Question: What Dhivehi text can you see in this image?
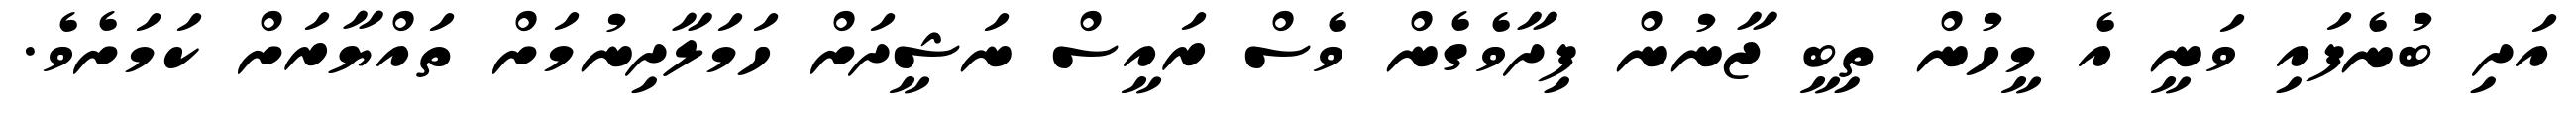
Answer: އަދި ބުނެފައި ވަނީ އެ މީހުން ތިބީ ޖާނުން ފިދާވެގެން ވެސް ރައީސް ނަޝީދަށް ހަމަލާދިނުމަށް ތައްޔާރަށް ކަމަށެވެ.